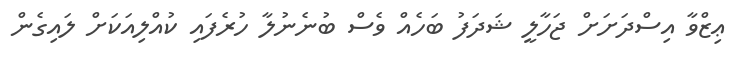
ޢިޒްވާ އިސްދަށަށް ޖަހާލީ ޝަދަފު ބަހެއް ވެސް ބުނެނުލާ ހުރެފައި ކުއްލިއަކަށް ލައިގެން